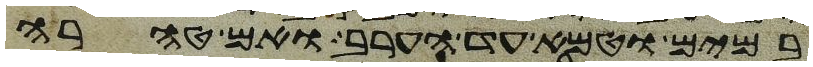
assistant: במים וטמא עד הערב ואם טהרה